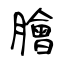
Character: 膾